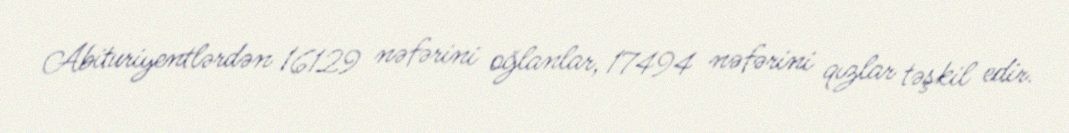
Abituriyentlərdən 16129 nəfərini oğlanlar, 17494 nəfərini qızlar təşkil edir.